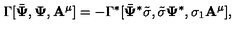
\Gamma [ \bar { { \bf \Psi } } , { \bf \Psi } , { \bf A ^ { \mu } } ] = - \Gamma ^ { * } [ \bar { { \bf \Psi } } ^ { * } \tilde { \sigma } , \tilde { \sigma } { \bf \Psi } ^ { * } , \sigma _ { 1 } { \bf A ^ { \mu } } ] ,